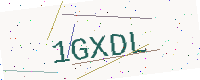
Text: 1GXDL